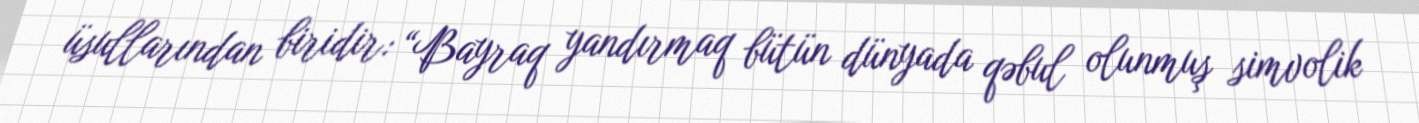
üsullarından biridir: “Bayraq yandırmaq bütün dünyada qəbul olunmuş simvolik